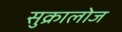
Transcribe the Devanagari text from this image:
सुक्रालोज